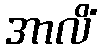
အာလိံ